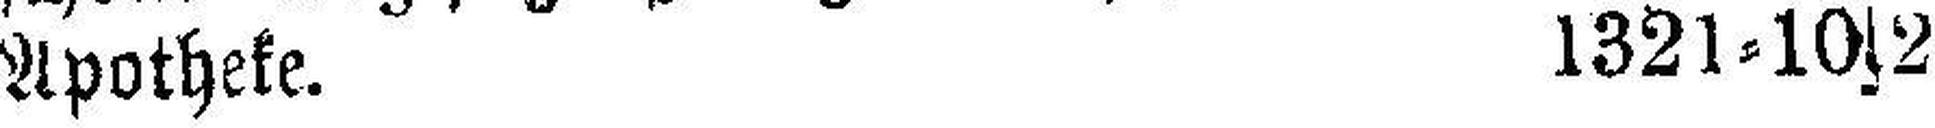
Apotheke. 1321=10s2